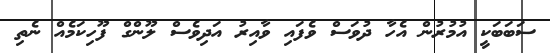
ސަބަބަކީ އުމުރުން އެހާ ދުވަސް ވެފައި ވާއިރު އަދިވެސް ލޫންގް ފޫހިކަމެއް ނެތި